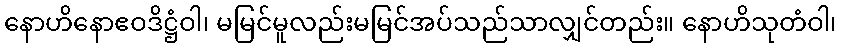
နောဟိနောဧဝဒိဋ္ဌံဝါ၊ မမြင်မူလည်းမမြင်အပ်သည်သာလျှင်တည်း။ နောဟိသုတံဝါ၊